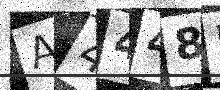
Text: A4448B